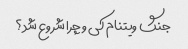
جنگ ویتنام کی و چرا شروع شد؟